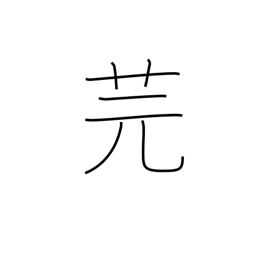
Meaning: type of vetch